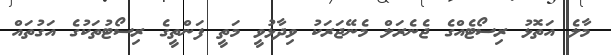
މާލެ އަތޮޅު ރިސޯޓެއްގެ ޖެނެރަލް މެނޭޖަރަކު ވިދާޅުވީ މަތީ ފަންތީގެ ރިސޯޓުތަކުގެ އަގުތައް